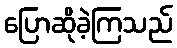
ပြောဆိုခဲ့ကြသည်